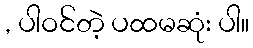
, ပါဝင်တဲ့ ပထမဆုံး ပါ။